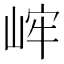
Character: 㟉